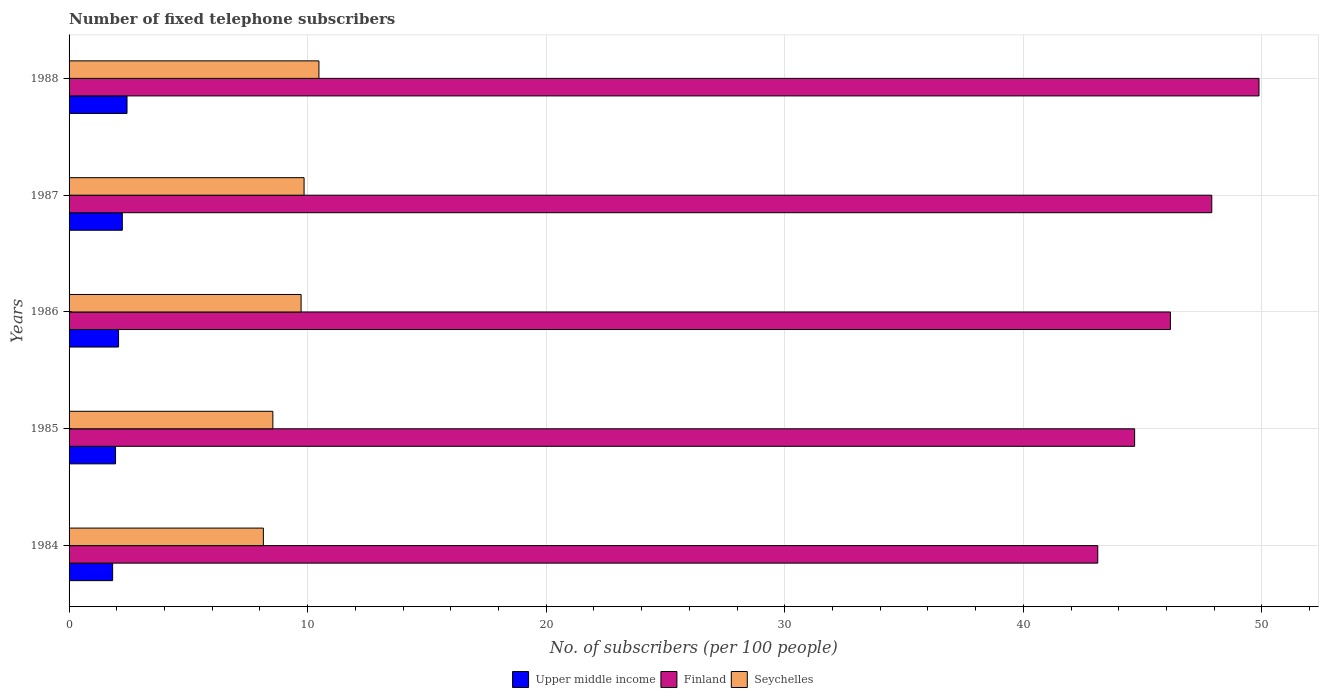
| Years | Upper middle income | Finland | Seychelles |
 | --- | --- | --- | --- |
 | 1984 | 1.83 | 43.1 | 8.14 |
 | 1985 | 1.95 | 44.7 | 8.54 |
 | 1986 | 2.07 | 46.2 | 9.73 |
 | 1987 | 2.23 | 47.9 | 9.85 |
 | 1988 | 2.43 | 49.9 | 10.5 |